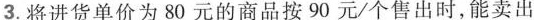
3.将进货单价为80元的商品按90元/个售出时，能卖出